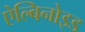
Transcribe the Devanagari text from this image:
ऐल्बिनोइड